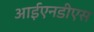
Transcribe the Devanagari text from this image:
आईएनडीएस